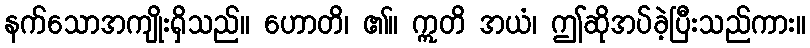
နက်သောအကျိုးရှိသည်။ ဟောတိ၊ ၏။ ဣတိ အယံ၊ ဤဆိုအပ်ခဲ့ပြီးသည်ကား။